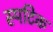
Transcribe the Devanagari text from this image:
स्पटिक